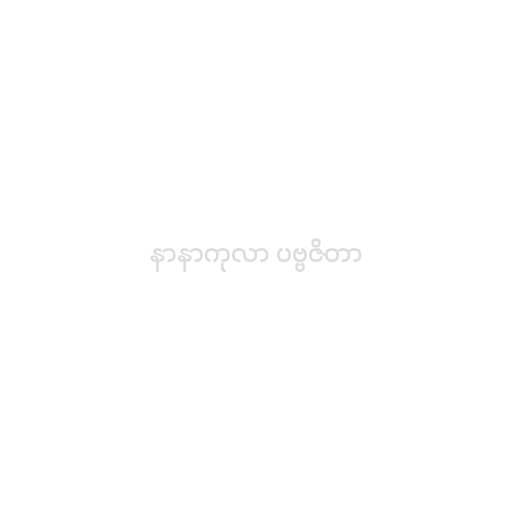
နာနာကုလာ ပဗ္ဗဇိတာ